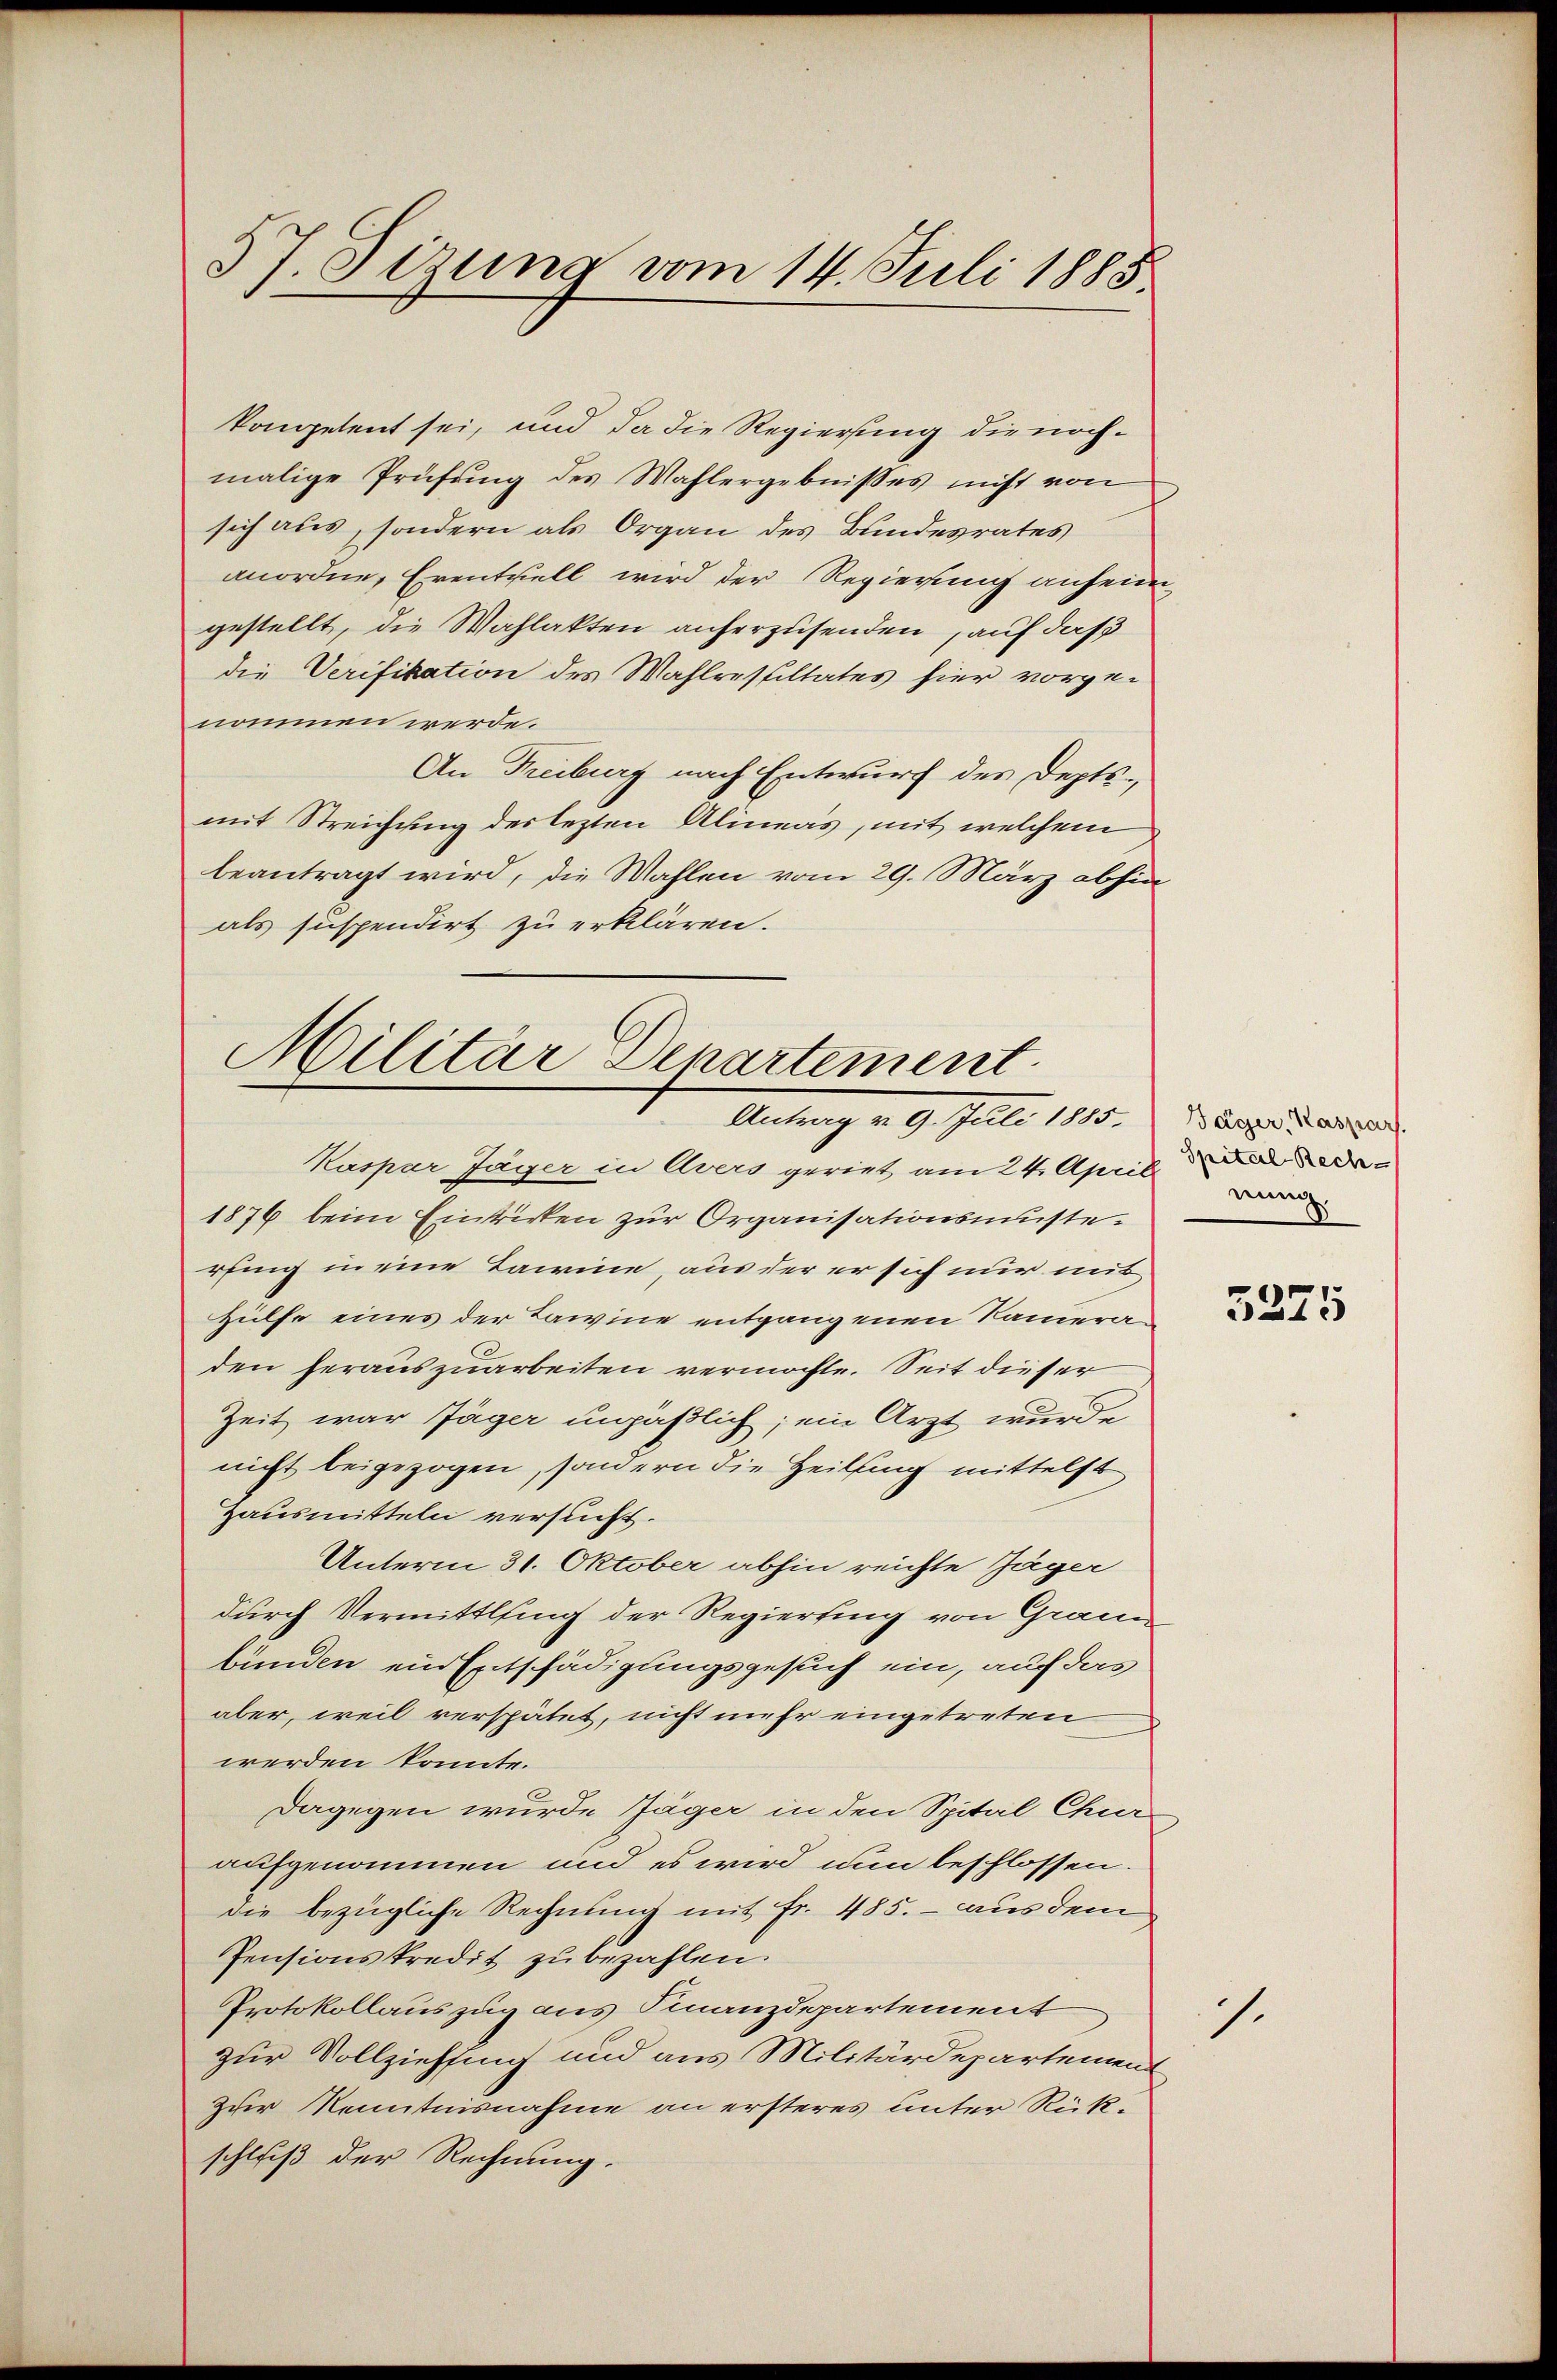
37. Stzung vom 14. Juli 1885

kompetent sei, und da die Regierung die noch-
malige Prüfung des Wahlergebnisses nicht von
sich aus, sondern als Organ des Bundesrates
anordne, Eventuell wird der Regierung anheimgestellt, die Wahlakten anherzusenden, auf das
die Verifikation des Wahlresultates hier vorgenommen werde.
An Freiburg nach Entwurf des Deptsmit Streichung des lezten Alineas, mit welchem
beantragt wird, die Wahlen vom 29. März abhin
als suspendirt zu erklären.

Militär Departement
Antrag v. 9. Juli 1885,

Kaspar Jäger in Avers geriet am 24. April a Rede-
1876 beim Eintrirten zur Organisationsmüste.
rfing in eine Baine, aus der er sich nur mit
Hülfe eines der Lawine entgangenen Kameraden herauszuarbeiten vermöchte. Seit dieser
Zeit war Jäger unpäßlich; ein Arzt wurde
nicht beigezogen, sondern die Heilsing mittelst
Hausmitteln versucht.
Unterm 31. Oktober abhin reichte Jäger
durch Vermittling der Regierung von Grau
bunden ein Entschädigungsgesuch ein, auf das
aber, weil verspätet, nicht mehr eingetreten
werden könnte.
Dagegen wurde Jäger in den Spital Chur
aufgenommen und es wird nun beschlossen.
die bezügliche Rechnung mit Fr. 485. - aus dem
Pensionskredit zu bezahlen.
Protokollauszug aus Finanzdepartement
zur Vollziehung und aus Militärdepartement
zur Kenntnisnahme an ersteres unter Rück-
schluß der Rechnung.

Jäger, Kaspar
nung.

3275

1.